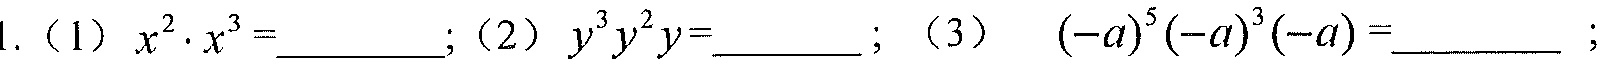
1.（1）\(x^{2}\cdot x^{3}=\underline{\quad\quad}\);（2）\(y^{3}y^{2}y=\underline{\quad\quad}\);（3）\((-a)^{5}(-a)^{3}(-a)=\underline{\quad\quad}\);